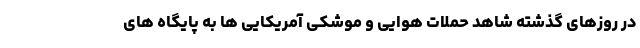
در روزهای گذشته شاهد حملات هوایی و موشکی آمریکایی ها به پایگاه های